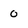
Character: 0